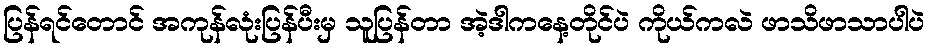
ပြန်ရင်တောင် အကုန်လုံးပြန်ပီးမှ သူပြန်တာ အဲ့ဒါကနေ့တိုင်ပဲ ကိုယ်ကလဲ ဖာသိဖာသာပါပဲ